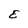
Character: E